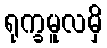
ရုက္ခမူလမှိ